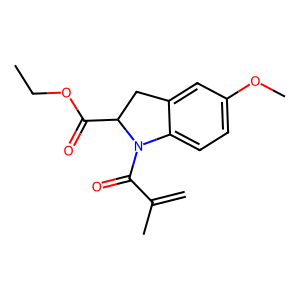
SMILES: C=C(C)C(=O)N1c2ccc(OC)cc2CC1C(=O)OCC
Inhibits HIV replication: No